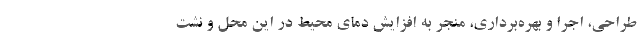
طراحی، اجرا و بهره‌برداری، منجر به افزایش دمای محیط در این محل و نشت